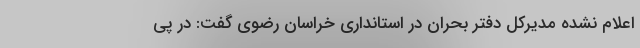
اعلام نشده مدیرکل دفتر بحران در استانداری خراسان رضوی گفت: در پی